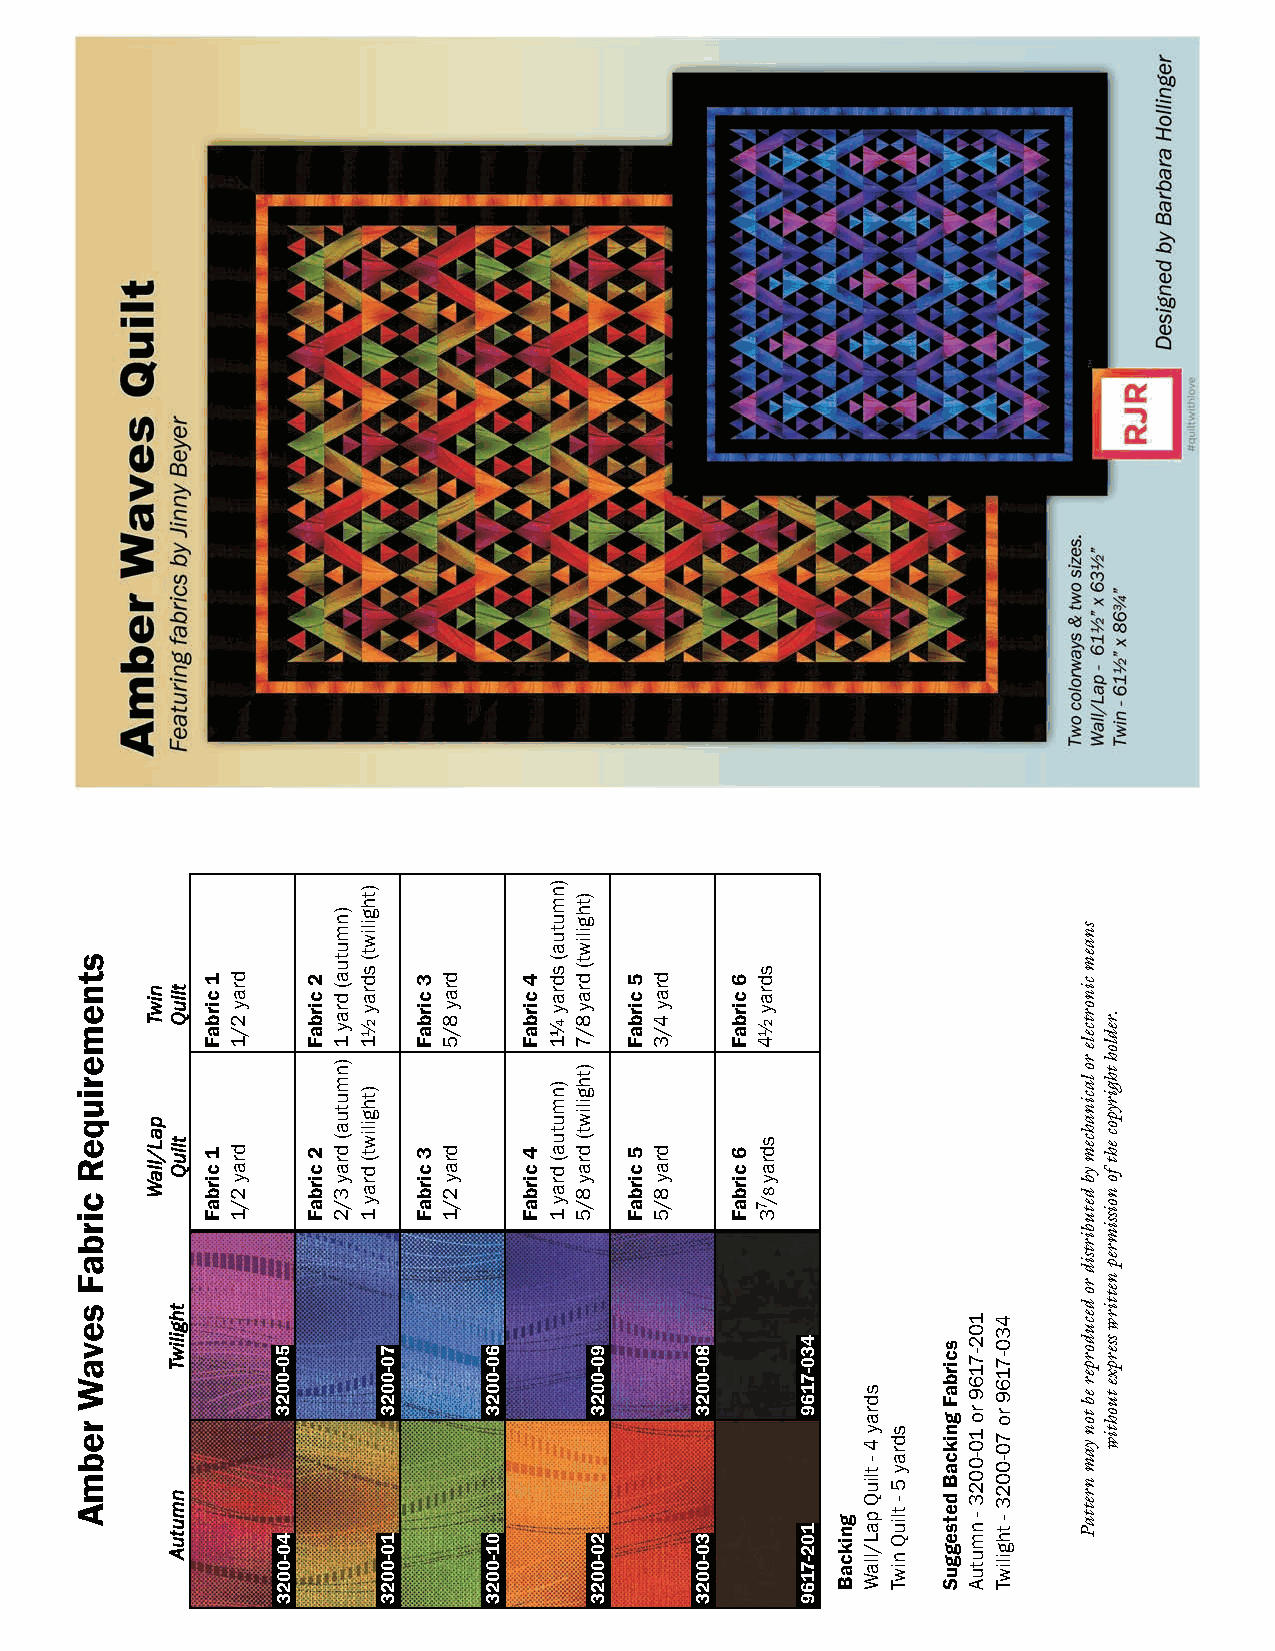
DesignedbyBarbaraHollinger      ©2017,RJRFabrics                      Page0
 stnemeriuqeR
 cirbaF
 sevaW
 rebmA
 niwT
 paL/llaW
 tliuQ
 tliuQ
 thgiliwT
 nmutuA
 1cirbaF
 1cirbaF
 dray2/1
 dray2/1
 50-0023
 40-0023
 2cirbaF
 2cirbaF
 )nmutua(dray1
 )nmutua(dray3/2
 )thgiliwt(sdray½1
 )thgiliwt(dray1
 70-0023
 10-0023
 3cirbaF
 3cirbaF
 dray8/5
 dray2/1
 60-0023
 01-0023
 4cirbaF
 4cirbaF
 )nmutua(sdray¼1
 )nmutua(dray1
 )thgiliwt(dray8/7
 )thgiliwt(dray8/5
 90-0023
 20-0023
 5cirbaF
 5cirbaF
 dray4/3
 dray8/5
 80-0023
 30-0023
 6cirbaF
 6cirbaF
 sdray½4
 sdray8/73
 430-7169
 102-7169
 gnikcaB
 sdray4-tliuQpaL/llaW
 sdray5-tliuQniwT
 scirbaFgnikcaBdetsegguS
 102-7169ro10-0023-nmutuA 430-7169ro70-0023-thgiliwT
 snaemcinortcelerolacinahcemybdetubirtsidrodecudorperebtonyamnrettaP
 .redlohthgirypocehtfonoissimrepnettirwsserpxetuohtiw